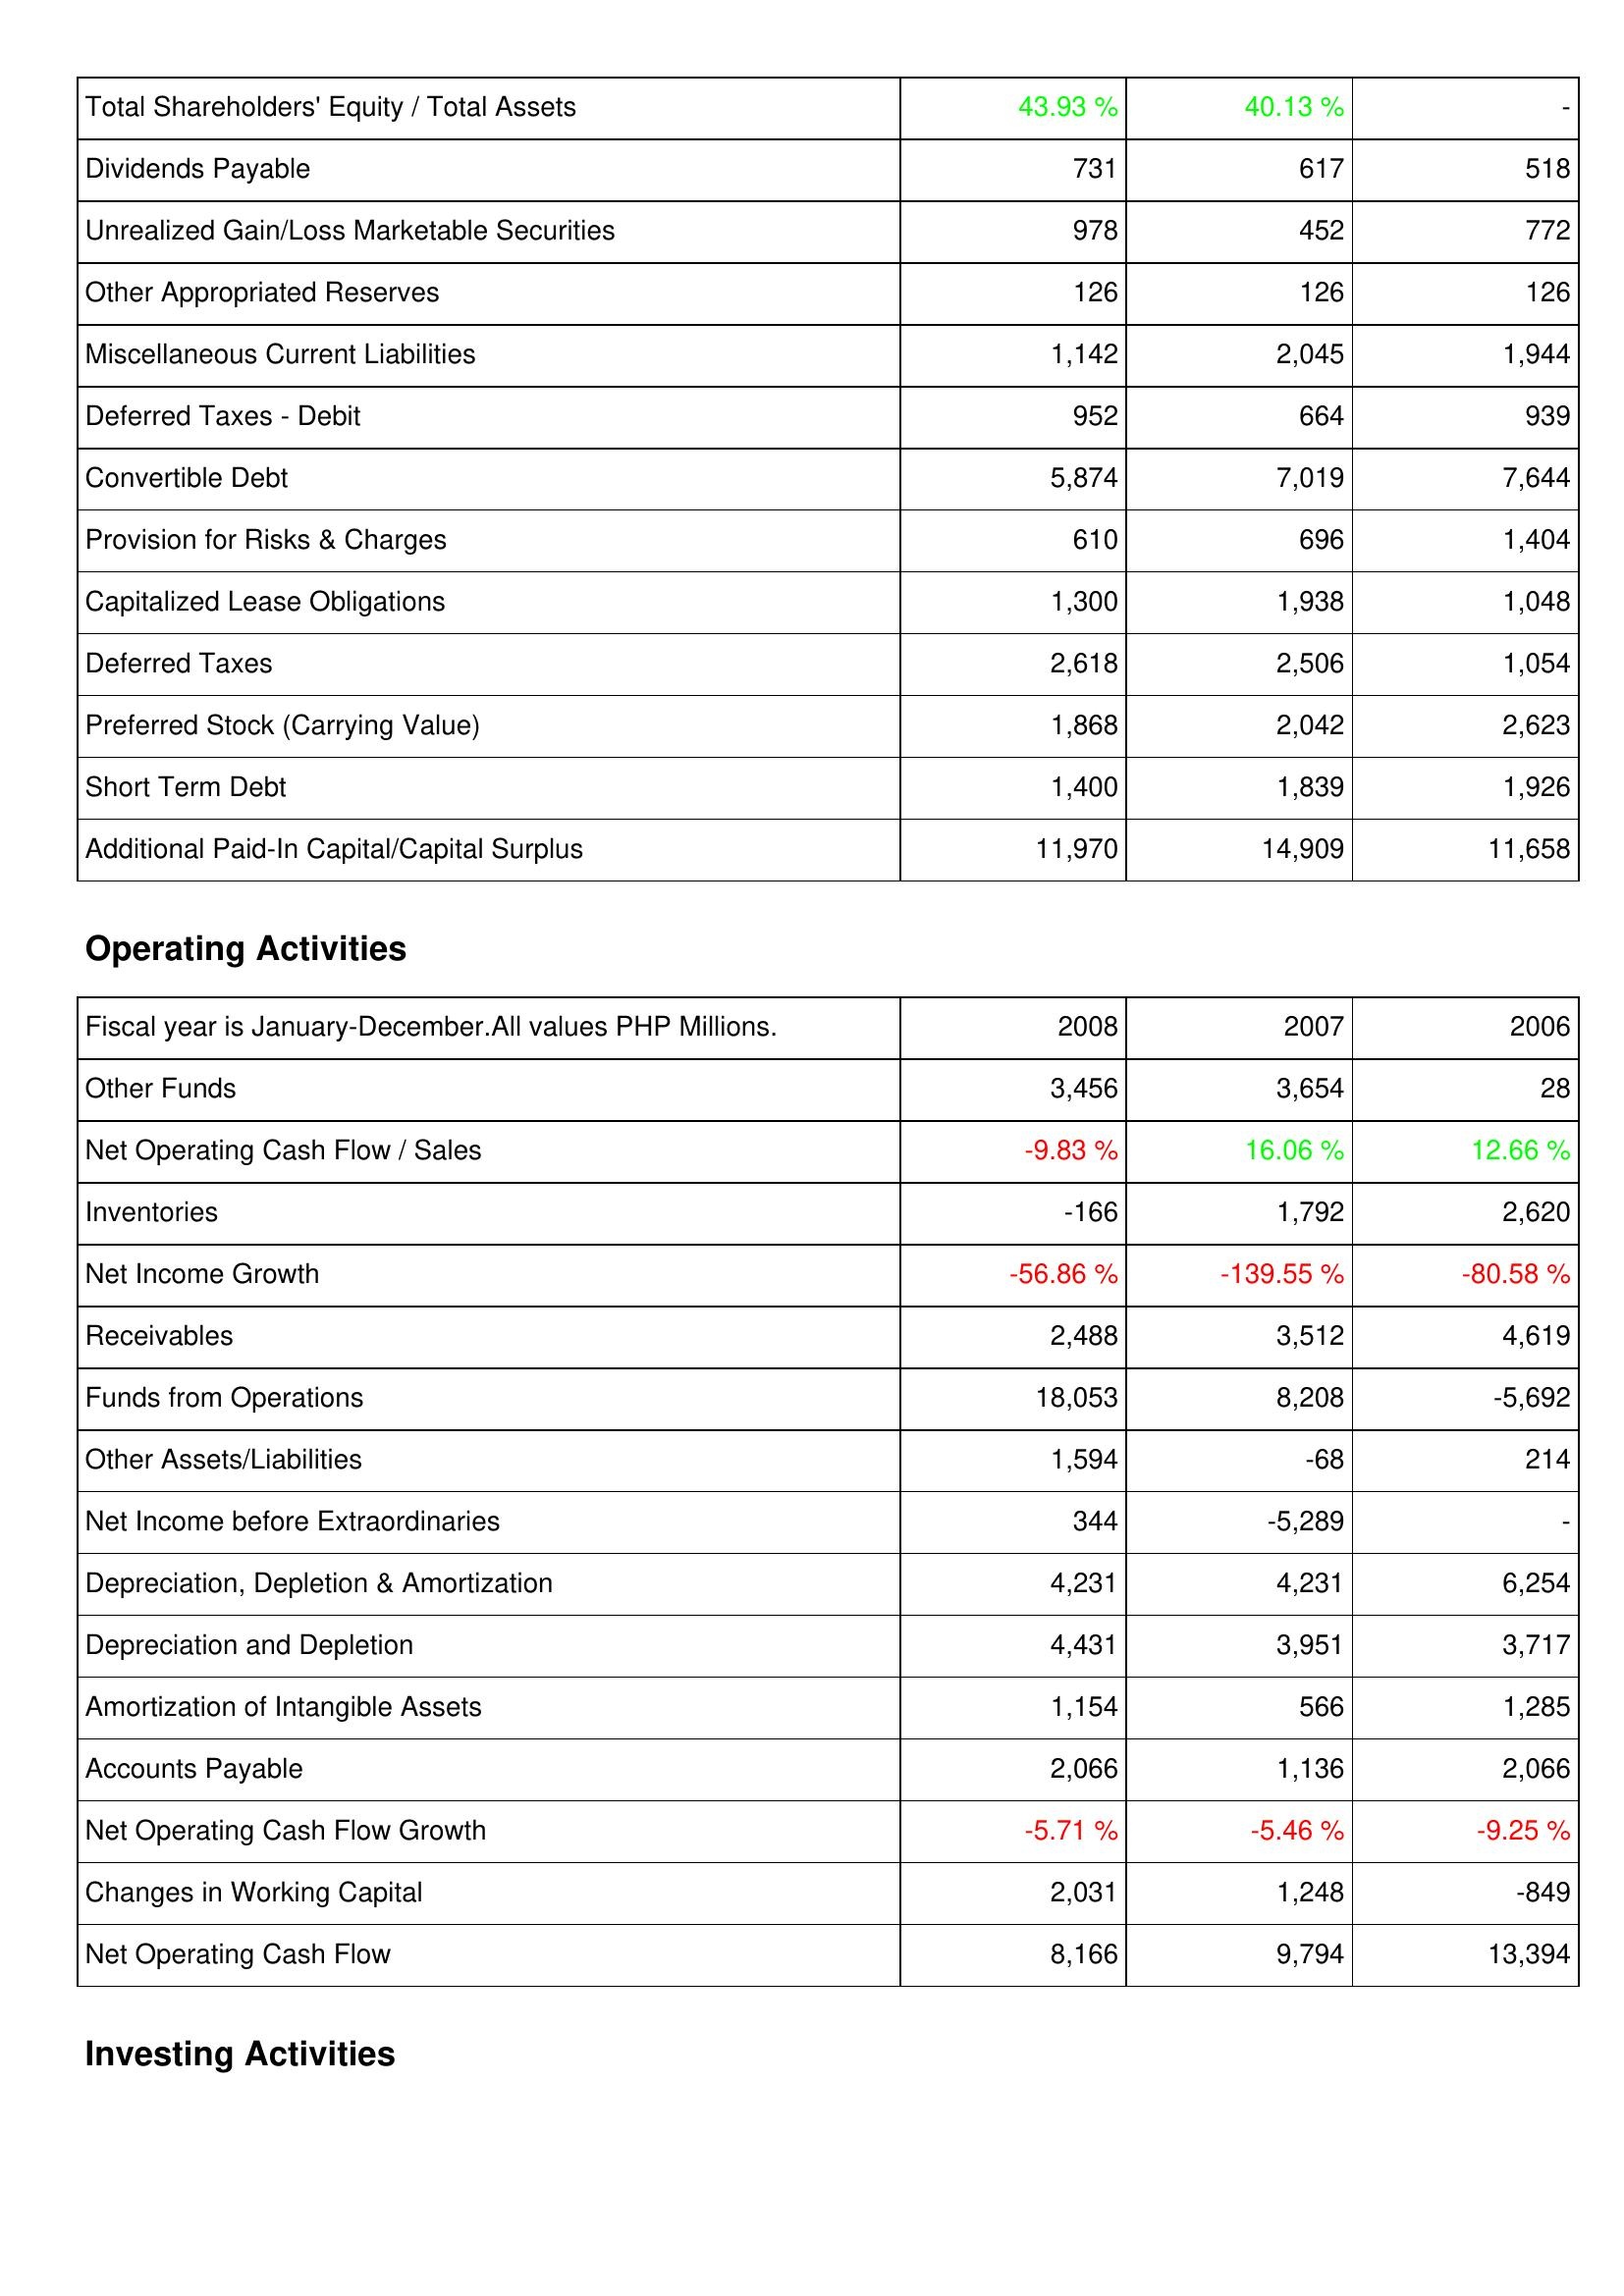
2008: Liabilities & Shareholders' Equity: Total Shareholders' Equity / Total Assets: 43.93 %
Dividends Payable: 731
Unrealized Gain/Loss Marketable Securities: 978
Other Appropriated Reserves: 126
Miscellaneous Current Liabilities: 1,142
Deferred Taxes - Debit: 952
Convertible Debt: 5,874
Provision for Risks & Charges: 610
Capitalized Lease Obligations: 1,300
Deferred Taxes: 2,618
Preferred Stock (Carrying Value): 1,868
Short Term Debt: 1,400
Additional Paid-In Capital/Capital Surplus: 11,970
Operating Activities: Other Funds: 3,456
Net Operating Cash Flow / Sales: -9.83 %
Inventories: -166
Net Income Growth: -56.86 %
Receivables: 2,488
Funds from Operations: 18,053
Other Assets/Liabilities: 1,594
Net Income before Extraordinaries: 344
Depreciation, Depletion & Amortization: 4,231
Depreciation and Depletion: 4,431
Amortization of Intangible Assets: 1,154
Accounts Payable: 2,066
Net Operating Cash Flow Growth: -5.71 %
Changes in Working Capital: 2,031
Net Operating Cash Flow: 8,166
2007: Liabilities & Shareholders' Equity: Total Shareholders' Equity / Total Assets: 40.13 %
Dividends Payable: 617
Unrealized Gain/Loss Marketable Securities: 452
Other Appropriated Reserves: 126
Miscellaneous Current Liabilities: 2,045
Deferred Taxes - Debit: 664
Convertible Debt: 7,019
Provision for Risks & Charges: 696
Capitalized Lease Obligations: 1,938
Deferred Taxes: 2,506
Preferred Stock (Carrying Value): 2,042
Short Term Debt: 1,839
Additional Paid-In Capital/Capital Surplus: 14,909
Operating Activities: Other Funds: 3,654
Net Operating Cash Flow / Sales: 16.06 %
Inventories: 1,792
Net Income Growth: -139.55 %
Receivables: 3,512
Funds from Operations: 8,208
Other Assets/Liabilities: -68
Net Income before Extraordinaries: -5,289
Depreciation, Depletion & Amortization: 4,231
Depreciation and Depletion: 3,951
Amortization of Intangible Assets: 566
Accounts Payable: 1,136
Net Operating Cash Flow Growth: -5.46 %
Changes in Working Capital: 1,248
Net Operating Cash Flow: 9,794
2006: Liabilities & Shareholders' Equity: Total Shareholders' Equity / Total Assets: -
Dividends Payable: 518
Unrealized Gain/Loss Marketable Securities: 772
Other Appropriated Reserves: 126
Miscellaneous Current Liabilities: 1,944
Deferred Taxes - Debit: 939
Convertible Debt: 7,644
Provision for Risks & Charges: 1,404
Capitalized Lease Obligations: 1,048
Deferred Taxes: 1,054
Preferred Stock (Carrying Value): 2,623
Short Term Debt: 1,926
Additional Paid-In Capital/Capital Surplus: 11,658
Operating Activities: Other Funds: 28
Net Operating Cash Flow / Sales: 12.66 %
Inventories: 2,620
Net Income Growth: -80.58 %
Receivables: 4,619
Funds from Operations: -5,692
Other Assets/Liabilities: 214
Net Income before Extraordinaries: -
Depreciation, Depletion & Amortization: 6,254
Depreciation and Depletion: 3,717
Amortization of Intangible Assets: 1,285
Accounts Payable: 2,066
Net Operating Cash Flow Growth: -9.25 %
Changes in Working Capital: -849
Net Operating Cash Flow: 13,394